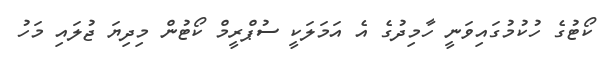
ކޯޓުގެ ހުކުމުގައިވަނީ ހާމިދުގެ އެ އަމަލަކީ ސުޕްރީމް ކޯޓުން މިދިޔަ ޖުލައި މަހު